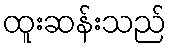
ထူးဆန်းသည်